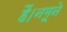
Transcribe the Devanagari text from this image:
हैं।नमूने